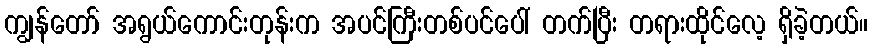
ကျွန်တော် အရွယ်ကောင်းတုန်းက အပင်ကြီးတစ်ပင်ပေါ် တက်ပြီး တရားထိုင်လေ့ ရှိခဲ့တယ်။